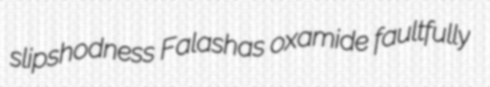
slipshodness Falashas oxamide faultfully